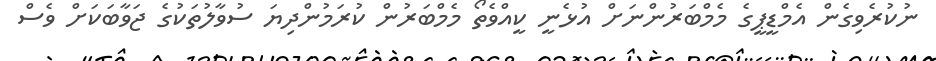
ނުކުރެވިގެން އެމްޑީޕީގެ މެމްބަރުންނަށް އުޅެނީ ކީއްވެތޯ މެމްބަރުން ކުރަމުންދިޔަ ސުވާލުތަކުގެ ޖަވާބަކަށް ވެސް